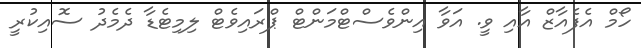
ހޯމް އެފެއާޒް އާއި ވީ. އަވާ އިންވެސްޓްމަންޓް ޕްރައިވެޓް ލިމިޓެޑާ ދެމެދު ސޮއިކުރީ